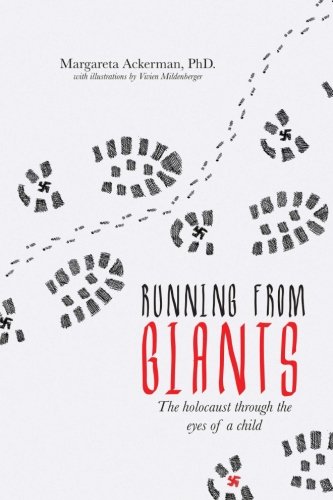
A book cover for Running from Giants: The Holocaust Through The Eyes of a Child; Margareta Ackerman; Biographies & Memoirs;